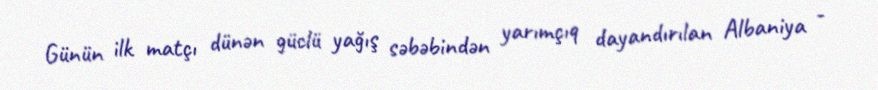
Günün ilk matçı dünən güclü yağış səbəbindən yarımçıq dayandırılan Albaniya -